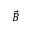
\vec { B }